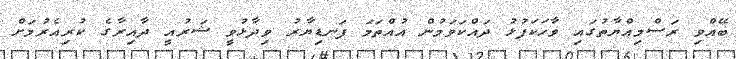
ބޭއްވި ރަސްމިއްޔާތުގައި ވާހަކަފުޅު ދައްކަވަމުން އުއްތަމަ ފަނޑިޔާރު ވިދާޅުވީ ޝަރުއީ ދާއިރާގެ ކުރިއެރުމަށް